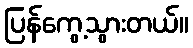
ပြန်ကွေ့သွားတယ်။